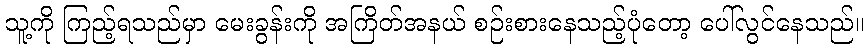
သူ့ကို ကြည့်ရသည်မှာ မေးခွန်းကို အကြိတ်အနယ် စဉ်းစားနေသည့်ပုံတော့ ပေါ်လွင်နေသည်။